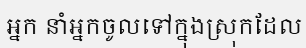
អ្នក នាំអ្នកចូលទៅក្នុងស្រុកដែល